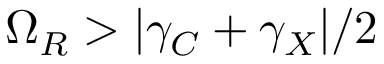
\Omega _ { R } > | \gamma _ { C } + \gamma _ { X } | / 2